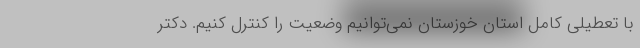
با تعطیلی کامل استان خوزستان نمی‌توانیم وضعیت را کنترل کنیم. دکتر